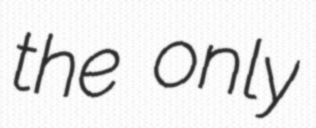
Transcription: the only